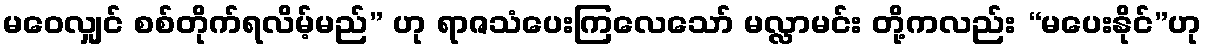
မဝေလျှင် စစ်တိုက်ရလိမ့်မည်” ဟု ရာဇသံပေးကြလေသော် မလ္လာမင်း တို့ကလည်း “မပေးနိုင်”ဟု